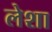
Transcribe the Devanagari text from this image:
लेशा